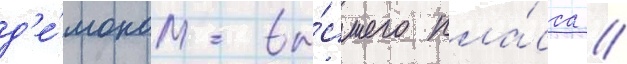
д'е́моном вы́сшего кла́сса //